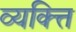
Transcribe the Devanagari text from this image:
व्यक्त्ति